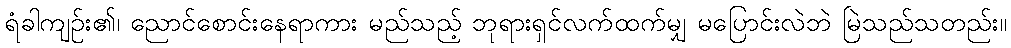
ရံခါကျဉ်း၏၊ ညောင်စောင်းနေရာကား မည်သည့် ဘုရားရှင်လက်ထက်မျှ မပြောင်းလဲဘဲ မြဲသည်သတည်း။